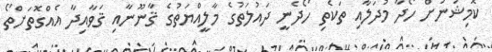
ކޮމިޝަނަށް ހޯދާ މުދަލާއި ތަކެތި ހޯދެނީ ދައުލަތުގެ މާލީއްޔަތުގެ ޤާނޫނާއި ޤަވާއިދާ އެއްގޮތަށްތޯ